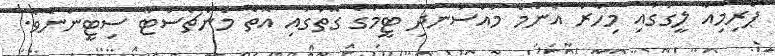
ޕްރިމިއާ ލީގުގައި މިހާރު އެންމެ މުއްސަނދި ޓީމުގެ ގޮތުގައި އޮތް މެންޗެސްޓާ ސިޓީންނެވެ.